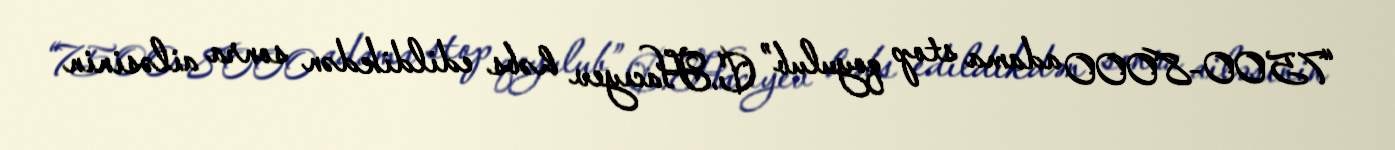
“7500-8000 adama stop qoyulub” C.Hacıyev həbs edildikdən sonra ailəsinin